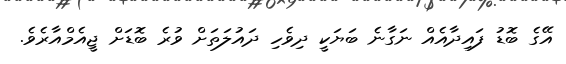
އޭގެ ބޮޑު ފައިދާއެއް ނަގާނެ ބަޔަކީ ދިވެހި ދައުލަތަށް ވުރެ ބޮޑަށް ޖީއެމްއާރެވެ.